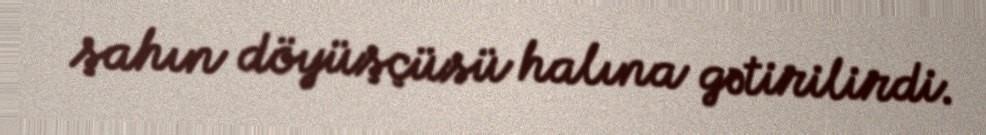
şahın döyüşçüsü halına gətirilirdi.